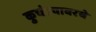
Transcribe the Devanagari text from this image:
कुचंल्यावरचे